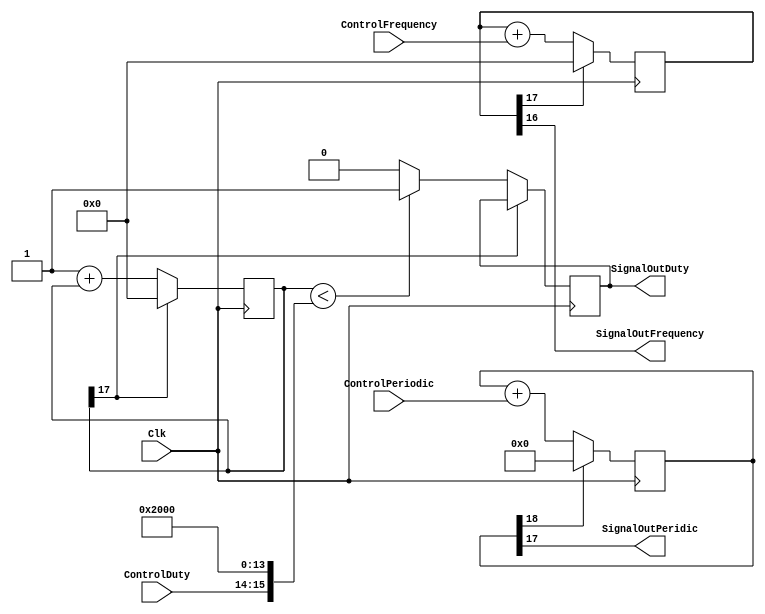
`timescale 1ns / 1ps
//////////////////////////////////////////////////////////////////////////////////
// Company: 
// Engineer: 
// 
// Design Name: 
// Module Name: SignalGenerator
// Project Name: 
// Target Devices: 
// Tool Versions: 
// Description: 
// 
// Dependencies: 
// 
// Revision:
// Revision 0.01 - File Created
// Additional Comments:
// 
//////////////////////////////////////////////////////////////////////////////////


module SignalGenerator(
    input Clk,
    input [2:0] ControlFrequency,
    input [2:0] ControlPeriodic,
    input [1:0] ControlDuty,
    output SignalOutFrequency,
    output SignalOutPeridic,
    output SignalOutDuty
    );
    
    reg [17:0]dF;
    reg [18:0]dP;
    reg [17:0]dD;
    reg duty;
    //Generate the Fxin signal;
    always @(posedge Clk)
    begin
    if(dF[17])
    dF<=0;
    else
    dF<=dF+ControlFrequency;
    end
    assign SignalOutFrequency=dF[16];
    //Generate the Pxin signal;
    always @(posedge Clk)
    begin
    if(dP[18])
    dP<=0;
    else
    dP<=dP+ControlPeriodic;
    end
    assign SignalOutPeridic=dP[17];
  
  //Generate the Dxin signal;
    always @(posedge Clk)
    begin
    if(dD[17])
    dD<=0;
    else 
    begin
    dD<=1+dD;
       if(dD<{ControlDuty,14'b10_0000_0000_0000})
        duty<=1;
        else
        duty<=0;
       end
     end
    assign SignalOutDuty=duty;
   
   
endmodule